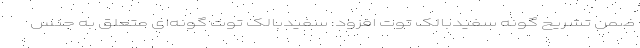
ضمن تشریح گونه سفیدبالک توت افزود: سفیدبالک توت گونه‌ای متعلق به جنس